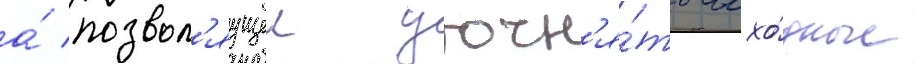
а́ позвол'яущеи уточн'я́ть исхо́дные